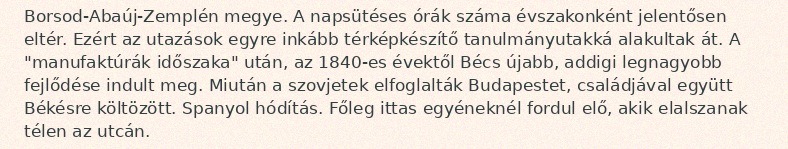
Borsod-Abaúj-Zemplén megye. A napsütéses órák száma évszakonként jelentősen eltér. Ezért az utazások egyre inkább térképkészítő tanulmányutakká alakultak át. A "manufaktúrák időszaka" után, az 1840-es évektől Bécs újabb, addigi legnagyobb fejlődése indult meg. Miután a szovjetek elfoglalták Budapestet, családjával együtt Békésre költözött. Spanyol hódítás. Főleg ittas egyéneknél fordul elő, akik elalszanak télen az utcán.